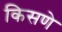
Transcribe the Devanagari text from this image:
किसणे